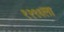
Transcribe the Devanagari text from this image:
१२९६ला